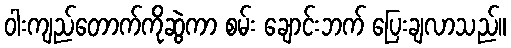
ဝါးကျည်တောက်ကိုဆွဲကာ စမ်း ချောင်းဘက် ပြေးချလာသည်။